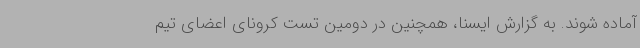
آماده شوند. به گزارش ایسنا، همچنین در دومین تست کرونای اعضای تیم